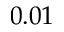
0 . 0 1